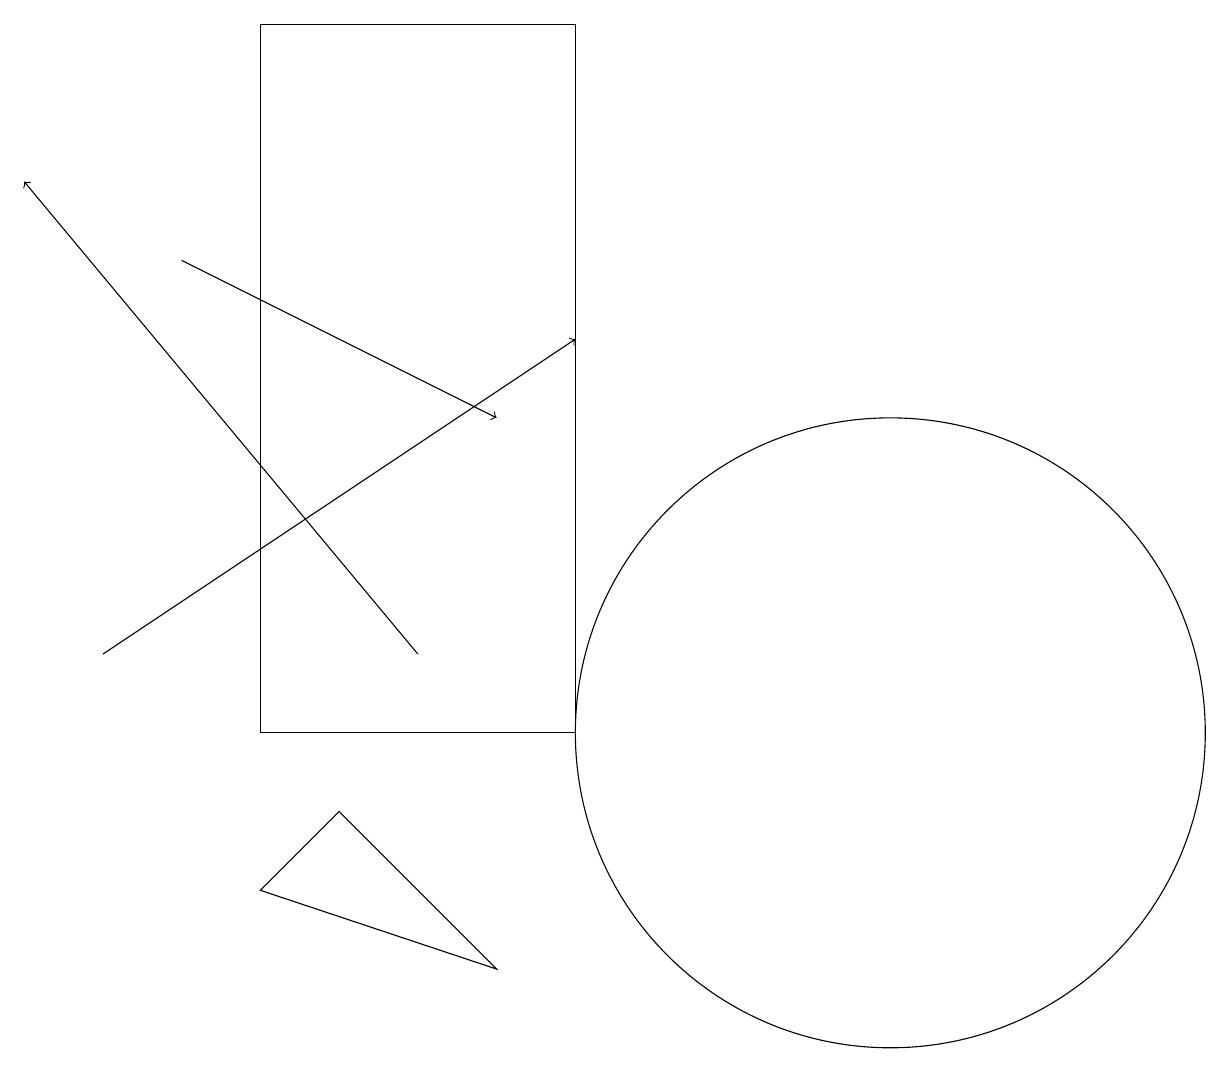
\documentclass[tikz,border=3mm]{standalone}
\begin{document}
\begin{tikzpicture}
\draw[->] (2,16) -- (6,14);
\draw (11,10) circle (4);
\draw[->] (1,11) -- (7,15);
\draw[->] (5,11) -- (0,17);
\draw (3,8) -- (6,7) -- (4,9) -- cycle;
\draw (7,10) rectangle (3,19);
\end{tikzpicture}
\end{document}